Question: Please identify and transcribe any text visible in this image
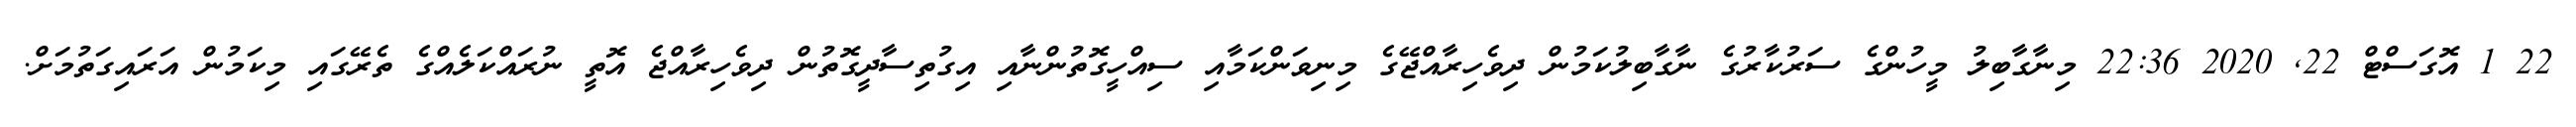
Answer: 22 1 އޮގަސްޓް 22, 2020 22:36 މިނާގާބިލު މީހުންގެ ސަރުކާރުގެ ނާގާބިލުކަމުން ދިވެހިރާއްޖޭގެ މިނިވަންކަމާއި ސިއްހީގޮތުންނާއި އިގުތިސާދީގޮތުން ދިވެހިރާއްޖެ އޮތީ ނުރައްކަލެއްގެ ތެރޭގައި މިކަމުން އަރައިގަތުމަށް.